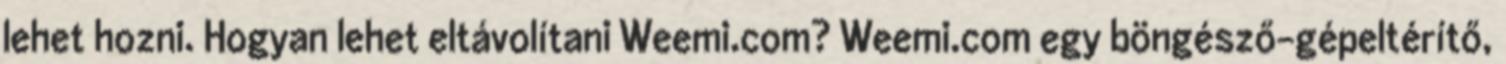
lehet hozni. Hogyan lehet eltávolítani Weemi.com? Weemi.com egy böngésző-gépeltérítő,